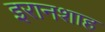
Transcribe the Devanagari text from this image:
इरानशाह